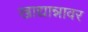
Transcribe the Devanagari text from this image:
खाद्यान्नावर